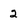
Character: 2